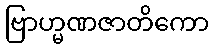
ဗြာဟ္မဏဇာတိကော